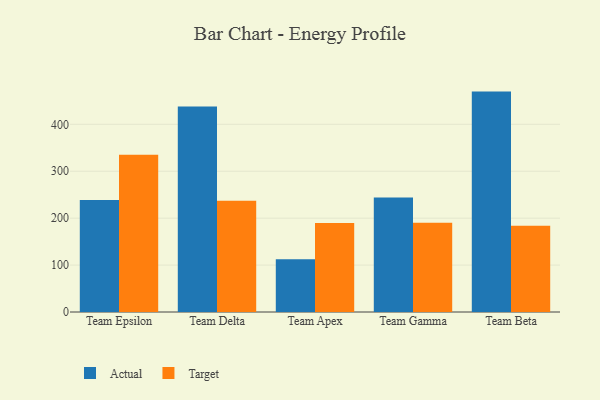
{"axis": {"x": "Team", "y": "Satisfaction Score"}, "legend": ["Actual", "Target"], "data": [{"x": "Team Epsilon", "y": 238.8, "type": "Actual"}, {"x": "Team Epsilon", "y": 335.3, "type": "Target"}, {"x": "Team Delta", "y": 437.7, "type": "Actual"}, {"x": "Team Delta", "y": 237.0, "type": "Target"}, {"x": "Team Apex", "y": 112.3, "type": "Actual"}, {"x": "Team Apex", "y": 189.7, "type": "Target"}, {"x": "Team Gamma", "y": 244.1, "type": "Actual"}, {"x": "Team Gamma", "y": 190.0, "type": "Target"}, {"x": "Team Beta", "y": 469.7, "type": "Actual"}, {"x": "Team Beta", "y": 184.0, "type": "Target"}]}